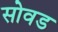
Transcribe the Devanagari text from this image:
सोवड